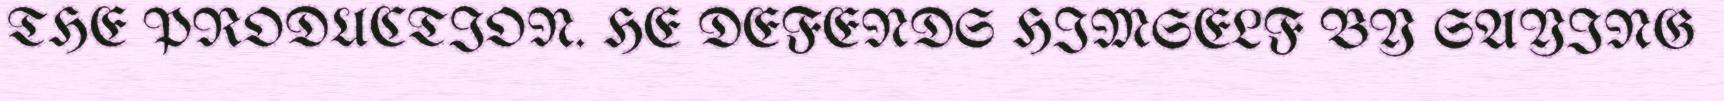
THE PRODUCTION. HE DEFENDS HIMSELF BY SAYING